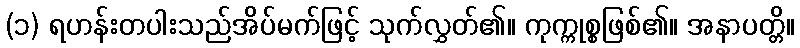
(၁) ရဟန်းတပါးသည်အိပ်မက်ဖြင့် သုက်လွှတ်၏။ ကုက္ကုစ္စဖြစ်၏။ အနာပတ္တိ။